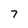
Character: 7